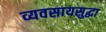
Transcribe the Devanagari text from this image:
व्यवसायसुद्धा